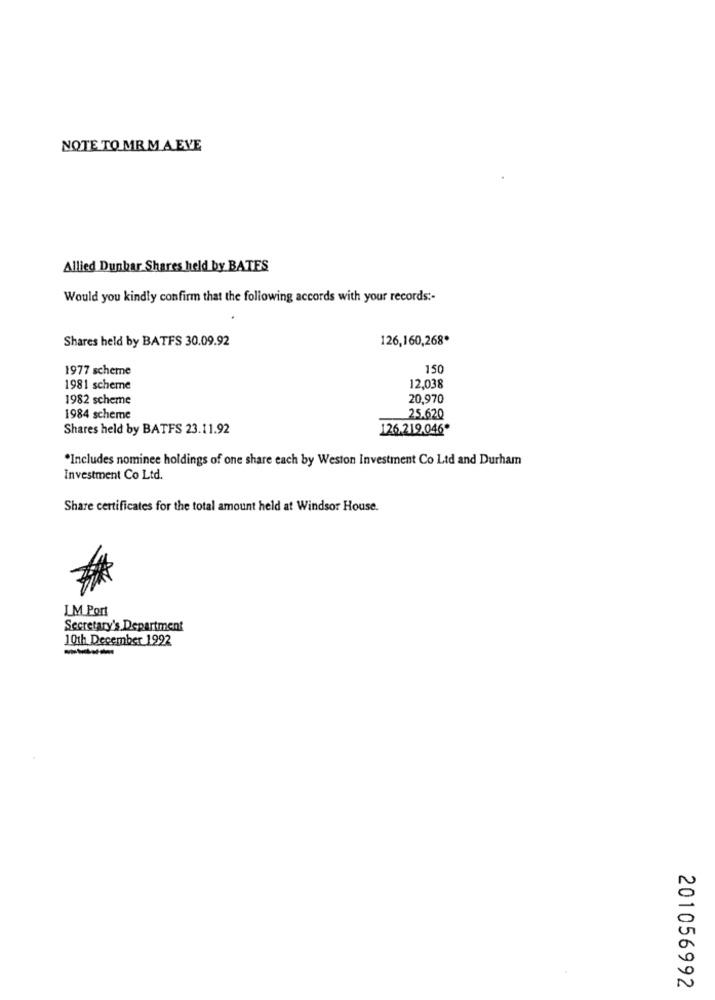
NOTE TO MR MA EVE
Allied Dunbar Shares held by BATES
Would you kindly confirm that the following accords with your records :-
Shares held by BATFS 30.09.92
126,160,268*
1977 scheme
150
1981 scheme
12,038
1982 scheme
20,970
1984 scheme
25.620
Shares held by BATFS 23.11.92
126.219.046*
*Includes nominee holdings of one share each by Weston Investment Co Ltd and Durham
Investment Co Ltd.
Share certificates for the total amount held at Windsor House.
LM Port
Secretary's Department
10th December 1992
201056992